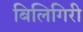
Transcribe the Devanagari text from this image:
बिलिगिरी